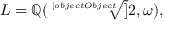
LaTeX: L = \mathbb { Q } ( { \sqrt [ [object Object] ] { 2 } } , \omega ) ,